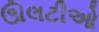
ઊલટીઓ